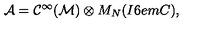
{ \cal A } = { \cal C } ^ { \infty } ( { \cal M } ) \otimes M _ { N } ( { I \kern - . 6 e m C } ) ,